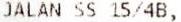
JALAN SS 15/4B,